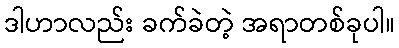
ဒါဟာလည်း ခက်ခဲတဲ့ အရာတစ်ခုပါ။